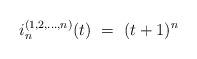
LaTeX: \begin{align*}i_n^{(1,2, \ldots, n)}(t) \ = \ (t+1)^n \end{align*}